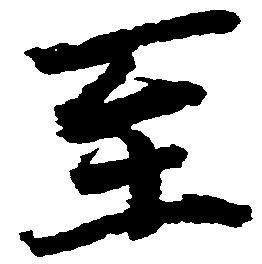
至